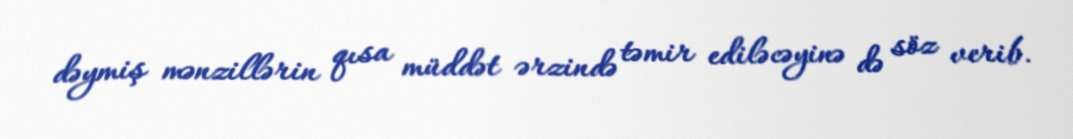
dəymiş mənzillərin qısa müddət ərzində təmir ediləcəyinə də söz verib.